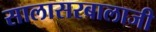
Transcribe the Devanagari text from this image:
सालासरबालाजी